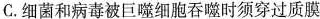
C.细菌和病毒被巨噬细胞吞噬时须穿过质膜